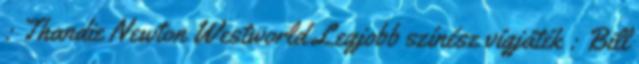
: Thandie Newton Westworld Legjobb színész vígjáték : Bill